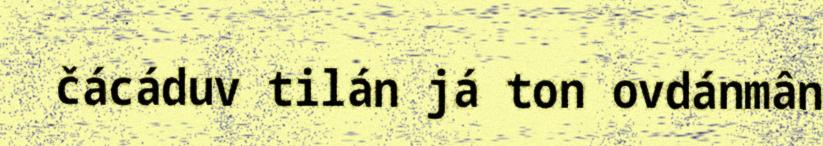
čácáduv tilán já ton ovdánmân